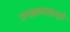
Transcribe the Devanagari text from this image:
उपक्रमासाठी